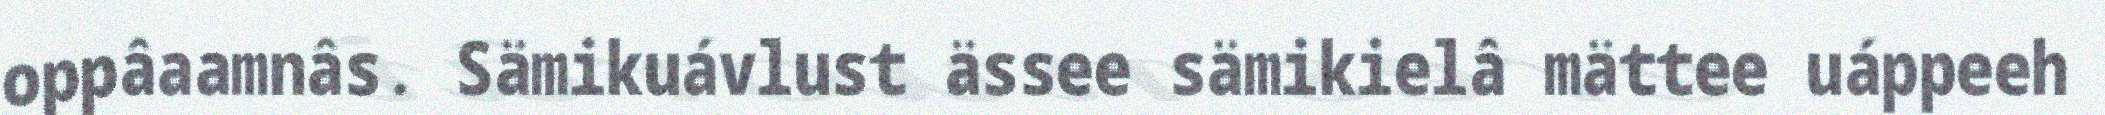
oppâaamnâs. Sämikuávlust ässee sämikielâ mättee uáppeeh